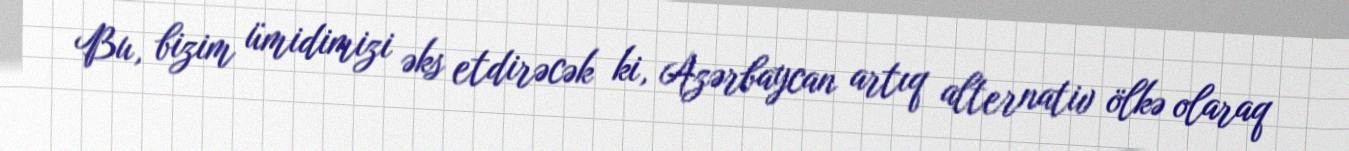
Bu, bizim ümidimizi əks etdirəcək ki, Azərbaycan artıq alternativ ölkə olaraq